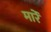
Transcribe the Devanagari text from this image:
मारेंं